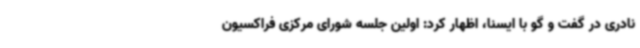
نادری در گفت و گو با ایسنا، اظهار کرد: اولین جلسه شورای مرکزی فراکسیون